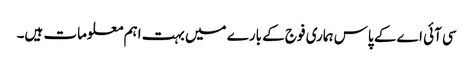
سی آئی اے کے پاس ہماری فوج کے بارے میں بہت اہم معلومات ہیں۔